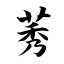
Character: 莠